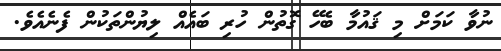
ނުވާ ކަމަށް މި ޤައުމާ ބެހޭ ގޮތުން ހުރި ބައެއް ލިޔުންތަކުން ފެނެއެވެ.